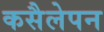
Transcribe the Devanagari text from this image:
कसैलेपन